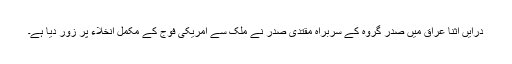
درایں اثنا عراق میں صدر گروہ کے سربراہ مقتدی صدر نے ملک سے امریکی فوج کے مکمل انخلاء پر زور دیا ہے۔